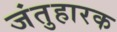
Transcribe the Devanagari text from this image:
जंतुहारक